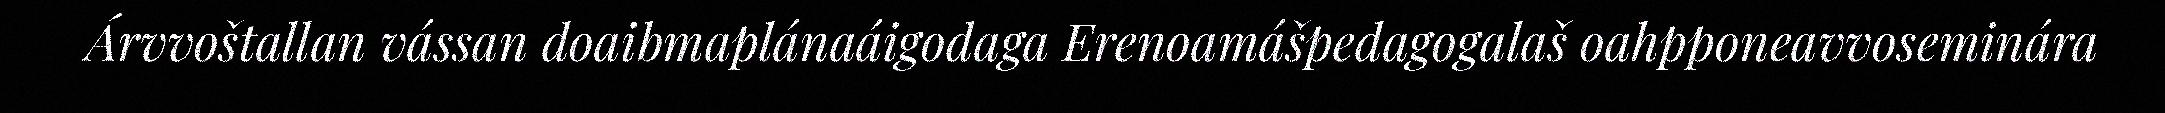
Árvvoštallan vássan doaibmaplánaáigodaga Erenoamášpedagogalaš oahpponeavvoseminára